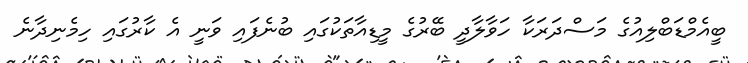
ބީއެމްޑަބްލިއުގެ މަސްދަރަކާ ހަވާލާދީ ބޭރުގެ މީޑިއާތަކުގައި ބުނެފައި ވަނީ އެ ކާރުގައި ހިމެނިދާނެ